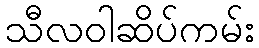
သီလဝါဆိပ်ကမ်း